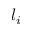
l _ { i }